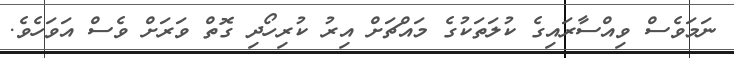
ނަމަވެސް ވިއްސާރައިގެ ކުލަތަކުގެ މައްޗަށް އިރު ކުރިހޯދި ގޮތް ވަރަށް ވެސް އަވަހެވެ.